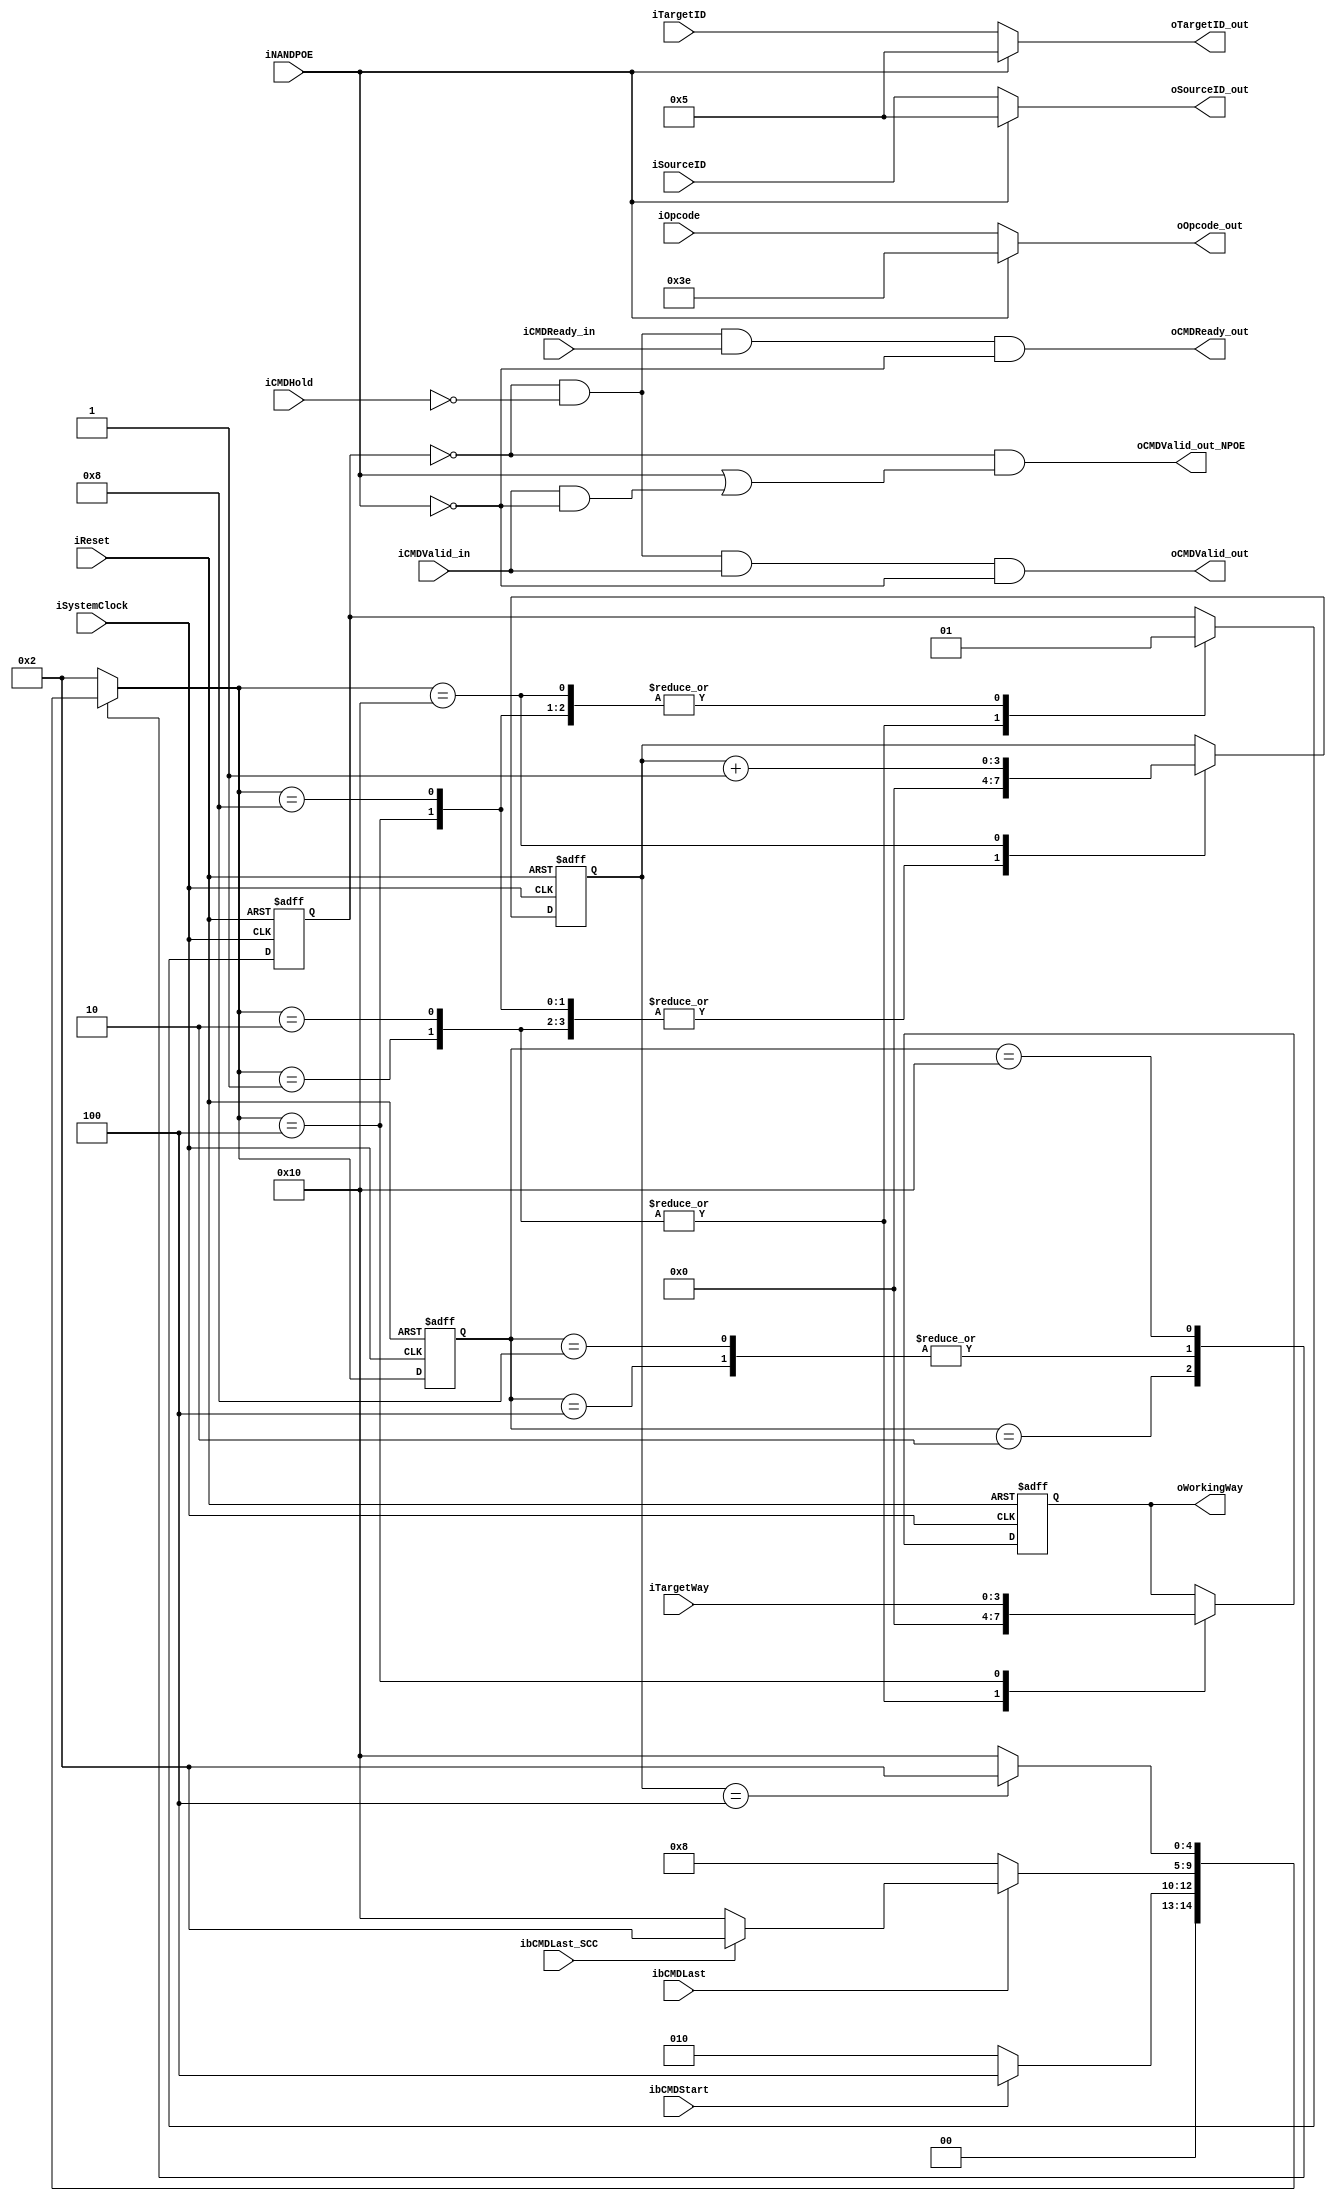
module NPCG_Toggle_bCMD_manager
#
(
    parameter NumberOfWays    =   4
)
(
    iSystemClock        ,
    iReset              ,
    iTargetWay          ,
    ibCMDStart          ,
    ibCMDLast           ,
    ibCMDLast_SCC       ,
    iNANDPOE            ,
    iCMDHold            ,
    iOpcode             ,
    iTargetID           ,
    iSourceID           ,
    oOpcode_out         ,
    oTargetID_out       ,
    oSourceID_out       ,
    iCMDValid_in        ,
    oCMDValid_out_NPOE  ,
    oCMDValid_out       ,
    oCMDReady_out       ,
    iCMDReady_in        ,
    oWorkingWay    
);
    input                           iSystemClock            ;
    input                           iReset                  ;
    input   [NumberOfWays - 1:0]    iTargetWay              ;
    input                           ibCMDStart              ;
    input                           ibCMDLast               ;
    input                           ibCMDLast_SCC           ;
    input                           iNANDPOE                ;
    input                           iCMDHold                ;
    input   [5:0]                   iOpcode                 ;
    input   [4:0]                   iTargetID               ;
    input   [4:0]                   iSourceID               ;
    output  [5:0]                   oOpcode_out             ;
    output  [4:0]                   oTargetID_out           ;
    output  [4:0]                   oSourceID_out           ;
    input                           iCMDValid_in            ;
    output                          oCMDValid_out_NPOE      ;
    output                          oCMDValid_out           ;
    output                          oCMDReady_out           ;
    input                           iCMDReady_in            ;
    output  [NumberOfWays - 1:0]    oWorkingWay             ;
    
    // FSM Parameters/Wires/Regs
    parameter MNG_FSM_BIT = 5; // MaNaGer
    parameter MNG_RESET = 5'b00001;
    parameter MNG_READY = 5'b00010; // Ready
    parameter MNG_START = 5'b00100; // Blocking command start
    parameter MNG_RUNNG = 5'b01000; // Blocking command running
    parameter MNG_bH_Zd = 5'b10000; // Bus high-Z delay
    
    reg     [MNG_FSM_BIT-1:0]       rMNG_cur_state          ;
    reg     [MNG_FSM_BIT-1:0]       rMNG_nxt_state          ;
    
    
    
    // Internal Wires/Regs
    reg     [3:0]                   rbH_ZdCounter           ;
    wire                            wbH_ZdDone              ;
    
    reg     [NumberOfWays - 1:0]    rWorkingWay             ;
    reg                             rCMDBlocking            ;
    
    
    
    // Control Signals
    assign wbH_ZdDone = (rbH_ZdCounter[3:0] == 4'b0100);
    
    
    
    // FSM: MaNaGer (MNG)
    // update current state to next state
    always @ (posedge iSystemClock, posedge iReset) begin
        if (iReset) begin
            rMNG_cur_state <= MNG_RESET;
        end else begin
            rMNG_cur_state <= rMNG_nxt_state;
        end
    end
    
    // deside next state
    always @ ( * ) begin
        case (rMNG_cur_state)
            MNG_RESET: begin
                rMNG_nxt_state <= MNG_READY;
            end
            MNG_READY: begin
                rMNG_nxt_state <= (ibCMDStart)? MNG_START:MNG_READY;
            end
            MNG_START: begin
                rMNG_nxt_state <= (ibCMDLast)? ((ibCMDLast_SCC)? MNG_READY:MNG_bH_Zd):MNG_RUNNG;
            end
            MNG_RUNNG: begin
                rMNG_nxt_state <= (ibCMDLast)? ((ibCMDLast_SCC)? MNG_READY:MNG_bH_Zd):MNG_RUNNG;
            end
            MNG_bH_Zd: begin
                rMNG_nxt_state <= (wbH_ZdDone)? MNG_READY:MNG_bH_Zd;
            end
            default:
                rMNG_nxt_state <= MNG_READY;
        endcase
    end
    
    // state behaviour
    always @ (posedge iSystemClock, posedge iReset) begin
        if (iReset) begin
            rWorkingWay[NumberOfWays - 1:0] <= 0;
            rCMDBlocking                    <= 0;
            
            rbH_ZdCounter[3:0]              <= 0;
        end else begin
            case (rMNG_nxt_state)
                MNG_RESET: begin
                    rWorkingWay[NumberOfWays - 1:0] <= 0;
                    rCMDBlocking                    <= 0;
                    
                    rbH_ZdCounter[3:0]              <= 0;
                end
                MNG_READY: begin
                    rWorkingWay[NumberOfWays - 1:0] <= 0;
                    rCMDBlocking                    <= 0;
                    
                    rbH_ZdCounter[3:0]              <= 0;
                end
                MNG_START: begin
                    rWorkingWay[NumberOfWays - 1:0] <= iTargetWay[NumberOfWays - 1:0];
                    rCMDBlocking                    <= 1'b1;
                    
                    rbH_ZdCounter[3:0]              <= 4'b0000;
                end
                MNG_RUNNG: begin
                    rWorkingWay[NumberOfWays - 1:0] <= rWorkingWay[NumberOfWays - 1:0];
                    rCMDBlocking                    <= 1'b1;
                    
                    rbH_ZdCounter[3:0]              <= 4'b0000;
                end
                MNG_bH_Zd: begin
                    rWorkingWay[NumberOfWays - 1:0] <= rWorkingWay[NumberOfWays - 1:0];
                    rCMDBlocking                    <= 1'b1;
                    
                    rbH_ZdCounter[3:0]              <= rbH_ZdCounter[3:0] + 1'b1;
                end
            endcase
        end
    end
    
    
    
    // Output
    
    assign oCMDValid_out_NPOE   = (~rCMDBlocking) & (iNANDPOE | (iCMDValid_in & (~iNANDPOE)));
    assign oCMDValid_out        = (~rCMDBlocking) & (~iCMDHold) & (iCMDValid_in) & (~iNANDPOE);
    assign oCMDReady_out        = (~rCMDBlocking) & (~iCMDHold) & (iCMDReady_in) & (~iNANDPOE);
    
    assign oOpcode_out[5:0] = (iNANDPOE)? (6'b111110):(iOpcode[5:0]);
    assign oTargetID_out[4:0] = (iNANDPOE)? (5'b00101):(iTargetID[4:0]);
    assign oSourceID_out[4:0] = (iNANDPOE)? (5'b00101):(iSourceID[4:0]);
    
    assign oWorkingWay[NumberOfWays - 1:0] = rWorkingWay[NumberOfWays - 1:0];
    
endmodule